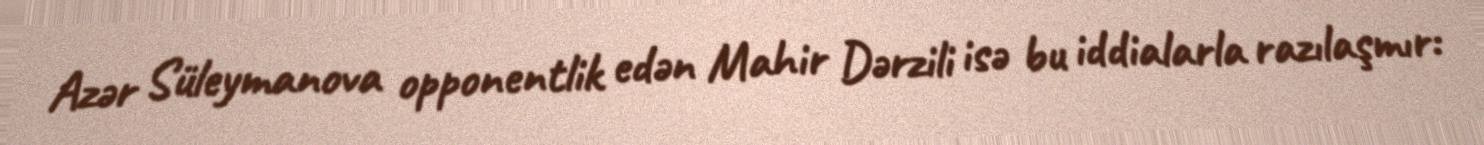
Azər Süleymanova opponentlik edən Mahir Dərzili isə bu iddialarla razılaşmır: